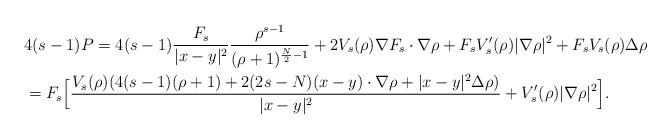
LaTeX: \begin{align*}&4(s-1) P=4(s-1)\frac{F_s}{|x-y|^2} \frac{\rho^{s-1}}{(\rho+1)^{\frac{N}{2}-1}}+2 V_s(\rho)\nabla F_s\cdot\nabla \rho +F_sV_s'(\rho) |\nabla \rho|^2 +F_sV_s(\rho)\Delta \rho\\&=F_s\Big[\frac{V_s(\rho)(4(s-1)(\rho+1)+2(2s-N)(x-y)\cdot \nabla \rho+|x-y|^2\Delta \rho)}{|x-y|^2}+V_s'(\rho) |\nabla \rho|^2 \Big].\end{align*}